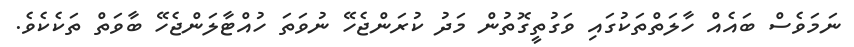
ނަމަވެސް ބައެއް ހާލަތްތަކުގައި ވަގުތީގޮތުން މަދު ކުރަންޖެހޭ ނުވަތަ ހުއްޓާލަންޖެހޭ ބާވަތް ތަކެކެވެ.